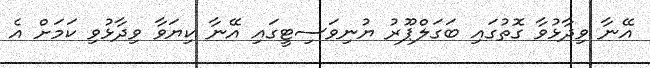
އޭނާ ވިދާޅުވާ ގޮތުގައި ބަގަލްޕޫރު ޔުނިވަސިޓީގައި އޭނާ ކިޔަވާ ވިދާޅުވި ކަމަށް އެ